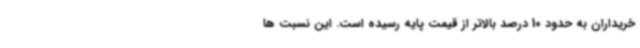
خریداران به حدود 10 درصد بالاتر از قیمت پایه رسیده است. این نسبت ها